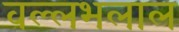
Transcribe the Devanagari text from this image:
वल्लभलाल